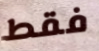
فقط